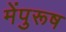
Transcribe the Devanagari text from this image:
मेंपुरूष